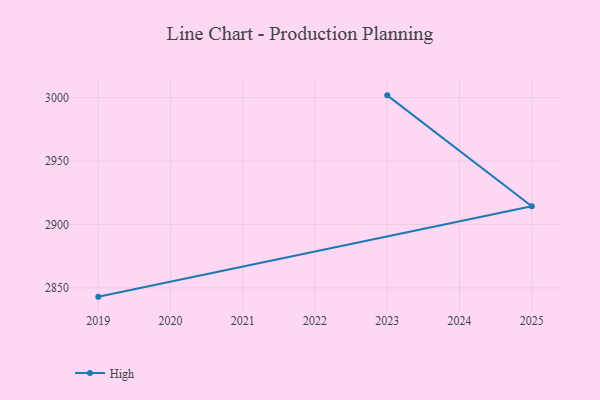
{"axis": {"x": "Year", "y": "Revenue (USD Million)"}, "legend": ["High"], "data": [{"x": "2019", "y": 2843.1, "type": "High"}, {"x": "2025", "y": 2914.4, "type": "High"}, {"x": "2023", "y": 3001.8, "type": "High"}]}